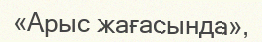
«Арыс жағасында»,